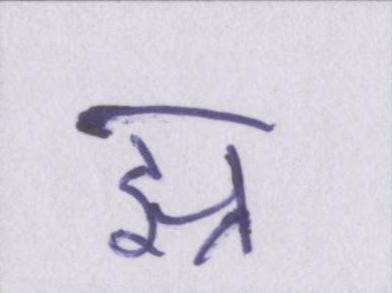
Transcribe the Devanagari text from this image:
झ्र